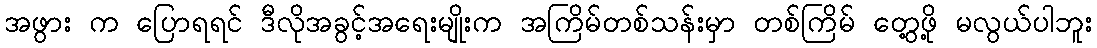
အဖွား က ပြောရရင် ဒီလိုအခွင့်အရေးမျိုးက အကြိမ်တစ်သန်းမှာ တစ်ကြိမ် တွေ့ဖို့ မလွယ်ပါဘူး